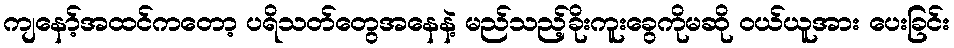
ကျနော့်အထင်ကတော့ ပရိသတ်တွေအနေနဲ့ မည်သည့်ခိုးကူးခွေကိုမဆို ဝယ်ယူအား ပေးခြင်း